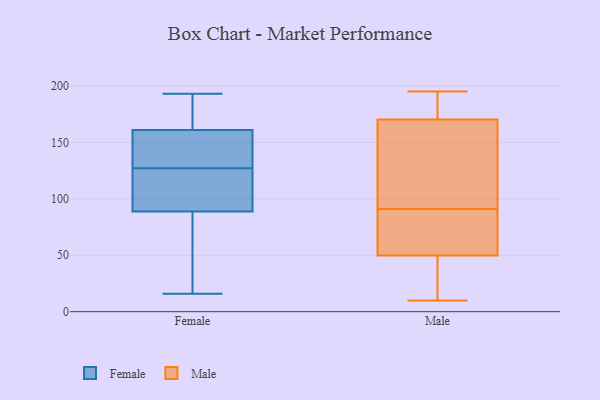
{"axis": {"x": "Revenue (USD Million)", "y": "Value"}, "legend": ["Female", "Male"], "data": [{"x": "", "y": 153, "type": "Female"}, {"x": "", "y": 16, "type": "Female"}, {"x": "", "y": 161, "type": "Female"}, {"x": "", "y": 49, "type": "Female"}, {"x": "", "y": 192, "type": "Female"}, {"x": "", "y": 82, "type": "Female"}, {"x": "", "y": 62, "type": "Female"}, {"x": "", "y": 168, "type": "Female"}, {"x": "", "y": 127, "type": "Female"}, {"x": "", "y": 142, "type": "Female"}, {"x": "", "y": 145, "type": "Female"}, {"x": "", "y": 121, "type": "Female"}, {"x": "", "y": 122, "type": "Female"}, {"x": "", "y": 188, "type": "Female"}, {"x": "", "y": 109, "type": "Female"}, {"x": "", "y": 111, "type": "Female"}, {"x": "", "y": 32, "type": "Female"}, {"x": "", "y": 193, "type": "Female"}, {"x": "", "y": 161, "type": "Female"}, {"x": "", "y": 91, "type": "Male"}, {"x": "", "y": 13, "type": "Male"}, {"x": "", "y": 99, "type": "Male"}, {"x": "", "y": 181, "type": "Male"}, {"x": "", "y": 38, "type": "Male"}, {"x": "", "y": 174, "type": "Male"}, {"x": "", "y": 10, "type": "Male"}, {"x": "", "y": 87, "type": "Male"}, {"x": "", "y": 169, "type": "Male"}, {"x": "", "y": 195, "type": "Male"}, {"x": "", "y": 70, "type": "Male"}, {"x": "", "y": 180, "type": "Male"}, {"x": "", "y": 52, "type": "Male"}, {"x": "", "y": 150, "type": "Male"}, {"x": "", "y": 107, "type": "Male"}, {"x": "", "y": 66, "type": "Male"}, {"x": "", "y": 43, "type": "Male"}]}